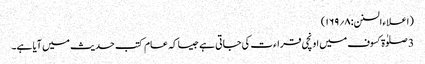
(اعلاء السنن:۸؍۱۶۹)
3 صلوٰۃ کسوف میں اونچی قراء ت کی جاتی ہے جیسا کہ عام کتب حدیث میں آیا ہے۔